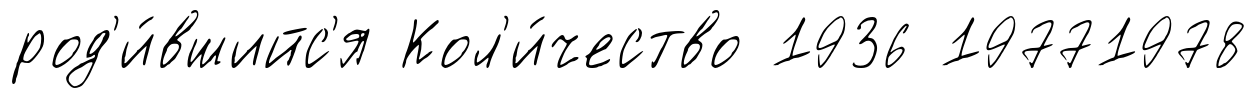
род'и́вшийс'я Кол'и́чество 1936 19771978